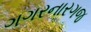
ગગરનારગજ